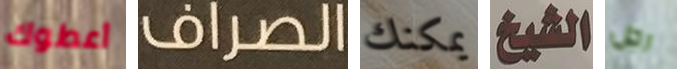
أعطوك الصراف يمكنك الشيخ رجل